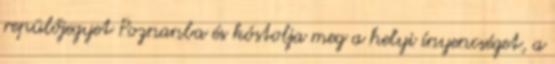
repülőjegyet Poznanba és kóstolja meg a helyi ínyencséget, a